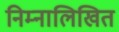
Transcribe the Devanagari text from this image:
निम्नालिखित